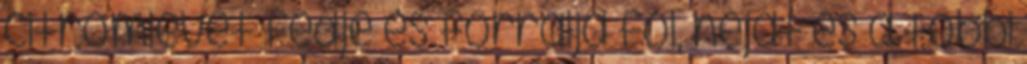
citromlevet fedje és forralja föl, héjat és a többi